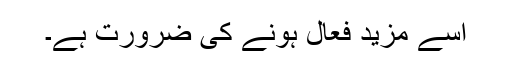
اسے مزید فعال ہونے کی ضرورت ہے۔